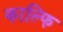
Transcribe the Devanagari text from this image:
काल्फि